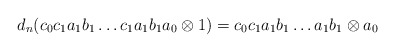
\begin{align*}d_n(c_0c_1a_1b_1 \dots c_1a_1b_1a_0 \otimes 1) = c_0c_1a_1b_1 \dots a_1b_1 \otimes a_0\end{align*}